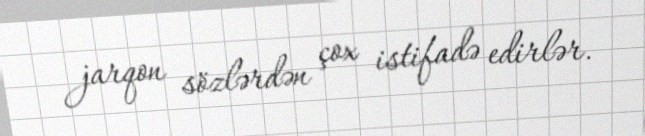
jarqon sözlərdən çox istifadə edirlər.